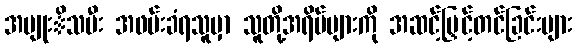
အမျုးိသမီး အဖမ်းခံရသူမှာ သူတို့အရိပ်များကို အဆင့်မြှင့်တင်ခြင်းများ